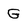
Character: G